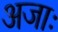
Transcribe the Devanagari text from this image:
अजाः